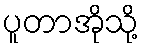
ပူတာအိုသို့